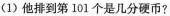
(1)他排到第101个是几分硬币？